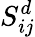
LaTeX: S_{ij}^{d}